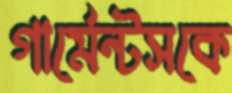
গার্মেন্টসকে